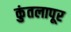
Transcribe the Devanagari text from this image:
कुंतलापूर